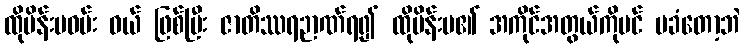
ထိုမိန်းမဝမ်း ဝယ် ဖြစ်ပြီး ဇာတိဿရဉာဏ်ရ၍ ထိုမိန်းမ၏ အကိုင်အတွယ်ကိုပင် မခံတော့ဘဲ